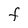
Character: F